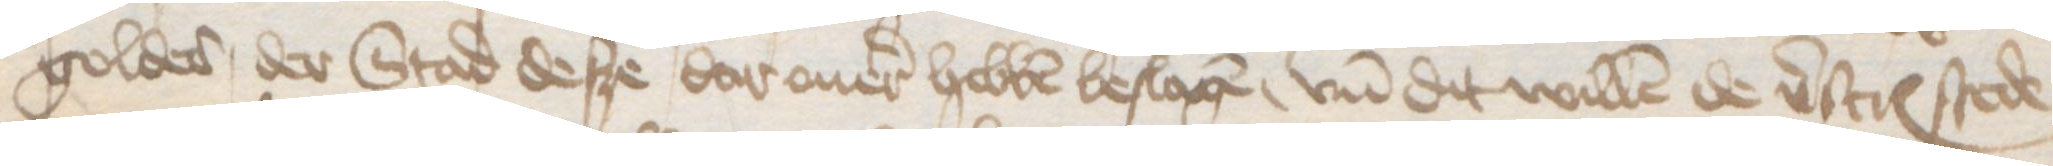
goldes der Stad desze dar ouer hebben beslagen, vnd dit willen de verscreuenen stede